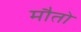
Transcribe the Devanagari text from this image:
मौतो